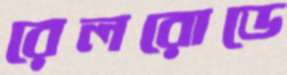
রেলরোডে